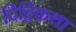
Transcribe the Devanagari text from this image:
दिट्टिकथा